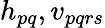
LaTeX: {h}_{pq},{v}_{pqrs}